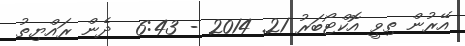
އޭރުން ތިވީ އޮކްޓޯބަރު 21